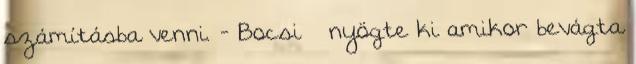
számításba venni. - Bocsi – nyögte ki amikor bevágta